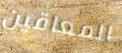
المعاقين